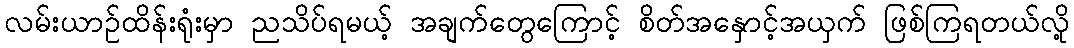
လမ်းယာဉ်ထိန်းရုံးမှာ ညသိပ်ရမယ့် အချက်တွေကြောင့် စိတ်အနှောင့်အယှက် ဖြစ်ကြရတယ်လို့